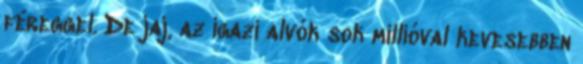
féreggel. De jaj, az igazi alvók sok millióval kevesebben